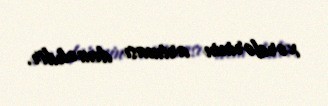
xərclərinin artması deməkdir.